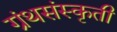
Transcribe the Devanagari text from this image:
ग्रंथसंस्कृती